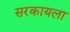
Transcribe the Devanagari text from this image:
सरकायला